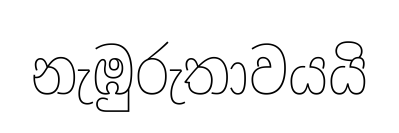
නැඹුරුතාවයයි